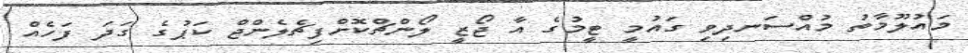
މައުލޫމާތު މުއްސަނދިވި ގައުމީ ޓީމުގެ އާ ޖޯޒީ ލޯންޗްކޮށްފިޗެލެންޖް ކަޕުގެ ގަދަ ފަހެއް